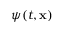
\psi ( t , \mathbf { x } )